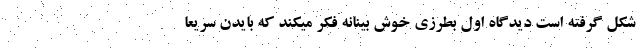
شکل گرفته است دیدگاه اول بطرزی خوش بینانه فکر میکند که بایدن سریعا